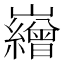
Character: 𡾽